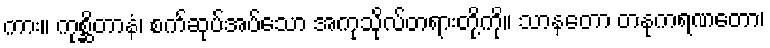
ကား။ ကုစ္ဆိတာနံ၊ စက်ဆုပ်အပ်သော အကုသိုလ်တရားတို့ကို။ သာနတော တနုကရဏတော၊